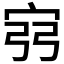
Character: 𫳆